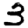
Digit: 3